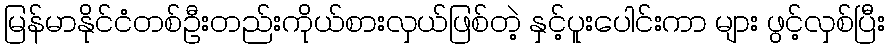
မြန်မာနိုင်ငံတစ်ဦးတည်းကိုယ်စားလှယ်ဖြစ်တဲ့ နှင့်ပူးပေါင်းကာ များ ဖွင့်လှစ်ပြီး